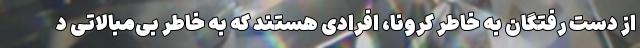
از دست رفتگان به خاطر کرونا، افرادی هستند که به خاطر بی‌مبالاتی د